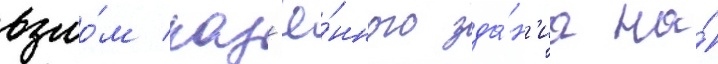
взло́м каз'ё́нного зда́н'иа на́